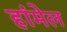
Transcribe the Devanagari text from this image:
हांमेल